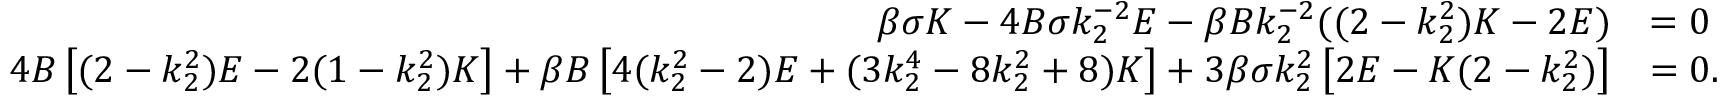
\begin{array} { r l } { \beta \sigma K - 4 B \sigma k _ { 2 } ^ { - 2 } E - \beta B k _ { 2 } ^ { - 2 } ( ( 2 - k _ { 2 } ^ { 2 } ) K - 2 E ) } & { = 0 } \\ { 4 B \left[ ( 2 - k _ { 2 } ^ { 2 } ) E - 2 ( 1 - k _ { 2 } ^ { 2 } ) K \right] + \beta B \left[ 4 ( k _ { 2 } ^ { 2 } - 2 ) E + ( 3 k _ { 2 } ^ { 4 } - 8 k _ { 2 } ^ { 2 } + 8 ) K \right] + 3 \beta \sigma k _ { 2 } ^ { 2 } \left[ 2 E - K ( 2 - k _ { 2 } ^ { 2 } ) \right] } & { = 0 . } \end{array}